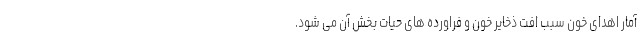
آمار اهدای خون سبب افت ذخایر خون و فراورده های حیات بخش آن می شود.